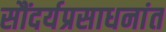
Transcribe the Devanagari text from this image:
सौंदर्यप्रसाधनांत